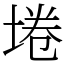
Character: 埢